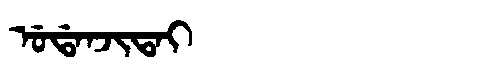
Manchu: ᡠᡩᠠᠨᠵᡳᡨᠠᡳ
Romanization: UDANJITAI